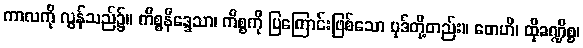
ကာလကို လွန်သည်၌။ ကိစ္စနိဒ္ဒေသာ၊ ကိစ္စကို ပြကြောင်းဖြစ်သော ပုဒ်တို့တည်း။ တေဟိ၊ ထိုခဏ္ဍိစ္စ၊